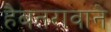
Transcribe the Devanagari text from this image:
हैबतरावाने